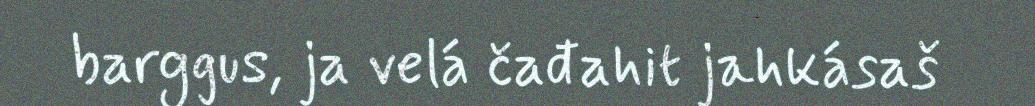
barggus, ja velá čađahit jahkásaš